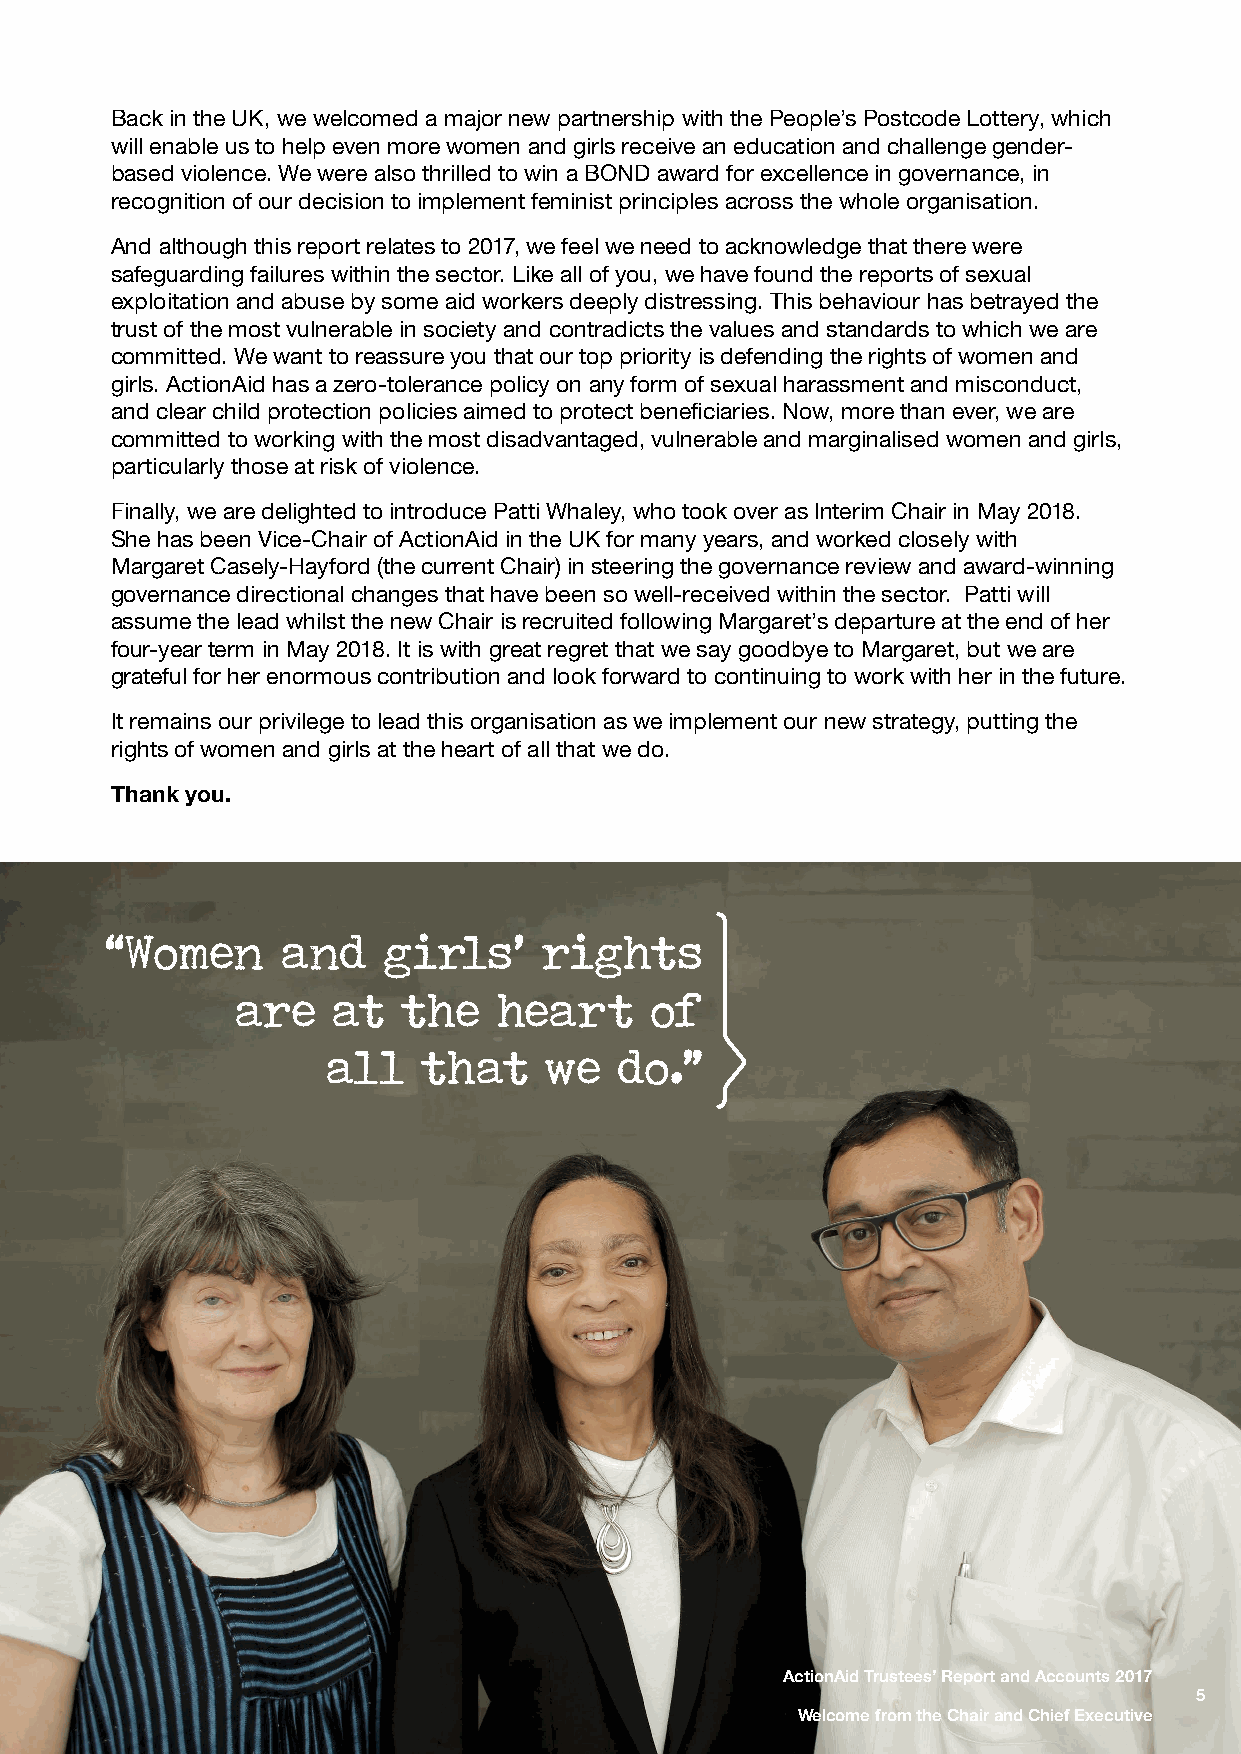
Back in the UK, we welcomed a major new partnership with the People’s Postcode Lottery, which
 will enable us to help even more women and girls receive an education and challenge gender-
 based violence. We were also thrilled to win a BOND award for excellence in governance, in
 recognition of our decision to implement feminist principles across the whole organisation.
 And although this report relates to 2017, we feel we need to acknowledge that there were
 safeguarding failures within the sector. Like all of you, we have found the reports of sexual
 exploitation and abuse by some aid workers deeply distressing. This behaviour has betrayed the
 trust of the most vulnerable in society and contradicts the values and standards to which we are
 committed. We want to reassure you that our top priority is defending the rights of women and
 girls. ActionAid has a zero-tolerance policy on any form of sexual harassment and misconduct,
 and clear child protection policies aimed to protect beneficiaries. Now, more than ever, we are
 committed to working with the most disadvantaged, vulnerable and marginalised women and girls,
 particularly those at risk of violence.
 Finally, we are delighted to introduce Patti Whaley, who took over as Interim Chair in May 2018.
 She has been Vice-Chair of ActionAid in the UK for many years, and worked closely with
 Margaret Casely-Hayford (the current Chair) in steering the governance review and award-winning
 governance directional changes that have been so well-received within the sector. Patti will
 assume the lead whilst the new Chair is recruited following Margaret’s departure at the end of her
 four-year term in May 2018. It is with great regret that we say goodbye to Margaret, but we are
 grateful for her enormous contribution and look forward to continuing to work with her in the future.
 It remains our privilege to lead this organisation as we implement our new strategy, putting the
 rights of women and girls at the heart of all that we do.
 Thank you.
 “Women      and   girls’     rights
 are   at   the   heart     of
 all   that    we   do.”
 ActionAid Trustees’ Report and Accounts 2017
 5
 Welcome from the Chair and Chief Executive